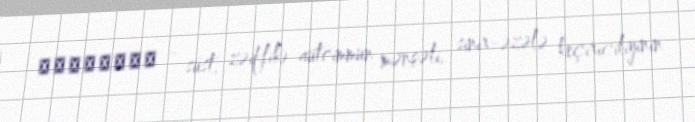
ἀσθένεια - süst, zəiflik) autoimmun mənşəli, sinir-əzələ keçiriciliyinin